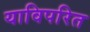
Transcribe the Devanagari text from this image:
याविपरित